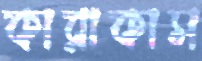
কারাকাস